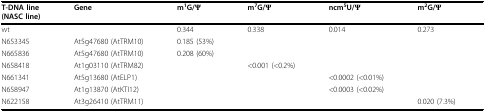
<table><thead><tr><td><b>T-DNA line(NASC line)</b></td><td><b>Gene</b></td><td><b>m<sup>1</sup>G/Ψ</b></td><td><b>m<sup>7</sup>G/Ψ</b></td><td><b>ncm<sup>5</sup>U/Ψ</b></td><td><b>m<sup>2</sup>G/Ψ</b></td></tr></thead><tbody><tr><td>wt</td><td></td><td>0.344</td><td>0.338</td><td>0.014</td><td>0.273</td></tr><tr><td>N653345</td><td>At5g47680 (AtTRM10)</td><td>0.185 (53%)</td><td></td><td></td><td></td></tr><tr><td>N665836</td><td>At5g47680 (AtTRM10)</td><td>0.208 (60%)</td><td></td><td></td><td></td></tr><tr><td>N658418</td><td>At1g03110 (AtTRM82)</td><td></td><td>&lt; 0.001 (&lt; 0.2%)</td><td></td><td></td></tr><tr><td>N661341</td><td>At5g13680 (AtELP1)</td><td></td><td></td><td>&lt; 0.0002 (&lt; 0.01%)</td><td></td></tr><tr><td>N658947</td><td>At1g13870 (AtKTI12)</td><td></td><td></td><td>&lt; 0.0003 (&lt; 0.02%)</td><td></td></tr><tr><td>N622158</td><td>At3g26410 (AtTRM11)</td><td></td><td></td><td></td><td>0.020 (7.3%)</td></tr></tbody></table>